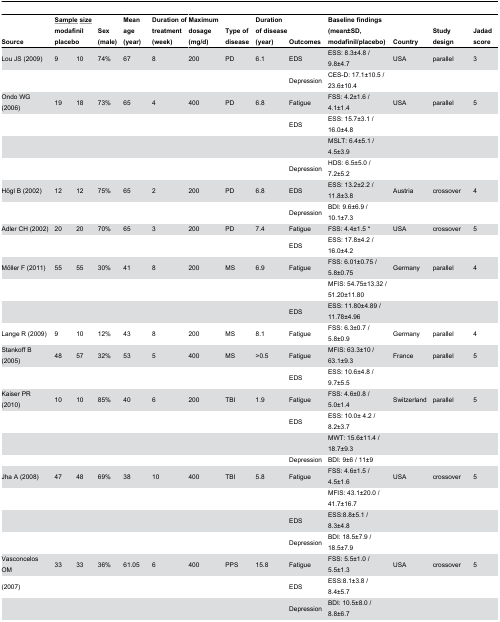
<table><thead><tr><td><b>Source</b></td><td colspan="2"><b><underline>Sample</underline><underline>size</underline> modafinil placebo</b></td><td><b>Sex (male)</b></td><td><b>Mean age (year)</b></td><td><b>Duration of treatment (week)</b></td><td><b>Maximum dosage (mg/d)</b></td><td><b>Type of disease</b></td><td><b>Duration of disease (year)</b></td><td><b>Outcomes</b></td><td><b>Baseline findings (mean±SD, modafinil/placebo)</b></td><td><b>Country</b></td><td><b>Study design</b></td><td><b>Jadad score</b></td></tr></thead><tbody><tr><td>Lou JS (2009)</td><td>9</td><td>10</td><td>74%</td><td>67</td><td>8</td><td>200</td><td>PD</td><td>6.1</td><td>EDS </td><td>ESS: 8.3±4.8 / 9.8±4.7</td><td>USA</td><td>parallel</td><td>3</td></tr><tr><td></td><td></td><td></td><td></td><td></td><td></td><td></td><td></td><td></td><td>Depression</td><td>CES-D: 17.1±10.5 / 23.6±10.4</td><td></td><td></td><td></td></tr><tr><td>Ondo WG (2006)</td><td>19</td><td>18</td><td>73%</td><td>65</td><td>4</td><td>400</td><td>PD</td><td>6.8</td><td>Fatigue</td><td>FSS: 4.2±1.6 / 4.1±1.4</td><td>USA</td><td>parallel</td><td>5</td></tr><tr><td></td><td></td><td></td><td></td><td></td><td></td><td></td><td></td><td></td><td>EDS</td><td>ESS: 15.7±3.1 / 16.0±4.8</td><td></td><td></td><td></td></tr><tr><td></td><td></td><td></td><td></td><td></td><td></td><td></td><td></td><td></td><td></td><td>MSLT: 6.4±5.1 / 4.5±3.9</td><td></td><td></td><td></td></tr><tr><td></td><td></td><td></td><td></td><td></td><td></td><td></td><td></td><td></td><td>Depression</td><td>HDS: 6.5±5.0 / 7.2±5.2</td><td></td><td></td><td></td></tr><tr><td>Högl B (2002)</td><td>12</td><td>12</td><td>75%</td><td>65</td><td>2</td><td>200</td><td>PD</td><td>6.8</td><td>EDS</td><td>ESS: 13.2±2.2 / 11.8±3.8</td><td>Austria</td><td>crossover</td><td>4</td></tr><tr><td></td><td></td><td></td><td></td><td></td><td></td><td></td><td></td><td></td><td>Depression</td><td>BDI: 9.6±6.9 / 10.1±7.3</td><td></td><td></td><td></td></tr><tr><td>Adler CH (2002)</td><td>20</td><td>20</td><td>70%</td><td>65</td><td>3</td><td>200</td><td>PD</td><td>7.4</td><td>Fatigue</td><td>FSS: 4.4±1.5 *</td><td>USA</td><td>crossover</td><td>5</td></tr><tr><td></td><td></td><td></td><td></td><td></td><td></td><td></td><td></td><td></td><td>EDS</td><td>ESS: 17.8±4.2 / 16.0±4.2</td><td></td><td></td><td></td></tr><tr><td>Möller F (2011)</td><td>55</td><td>55</td><td>30%</td><td>41</td><td>8</td><td>200</td><td>MS</td><td>6.9</td><td>Fatigue</td><td>FSS: 6.01±0.75 / 5.8±0.75</td><td>Germany</td><td>parallel</td><td>4</td></tr><tr><td></td><td></td><td></td><td></td><td></td><td></td><td></td><td></td><td></td><td></td><td>MFIS: 54.75±13.32 / 51.20±11.80</td><td></td><td></td><td></td></tr><tr><td></td><td></td><td></td><td></td><td></td><td></td><td></td><td></td><td></td><td>EDS</td><td>ESS: 11.80±4.89 / 11.78±4.96</td><td></td><td></td><td></td></tr><tr><td>Lange R (2009)</td><td>9</td><td>10</td><td>12%</td><td>43</td><td>8</td><td>200</td><td>MS</td><td>8.1</td><td>Fatigue</td><td>FSS: 6.3±0.7 / 5.8±0.9</td><td>Germany</td><td>parallel</td><td>4</td></tr><tr><td>Stankoff B (2005)</td><td>48</td><td>57</td><td>32%</td><td>53</td><td>5</td><td>400</td><td>MS</td><td>&gt;0.5</td><td>Fatigue</td><td>MFIS: 63.3±10 / 63.1±9.3</td><td>France</td><td>parallel</td><td>5</td></tr><tr><td></td><td></td><td></td><td></td><td></td><td></td><td></td><td></td><td></td><td>EDS</td><td>ESS: 10.6±4.8 / 9.7±5.5</td><td></td><td></td><td></td></tr><tr><td>Kaiser PR (2010)</td><td>10</td><td>10</td><td>85%</td><td>40</td><td>6</td><td>200</td><td>TBI</td><td>1.9</td><td>Fatigue</td><td>FSS: 4.6±0.8 / 5.0±1.4</td><td>Switzerland</td><td>parallel</td><td>5</td></tr><tr><td></td><td></td><td></td><td></td><td></td><td></td><td></td><td></td><td></td><td>EDS</td><td>ESS: 10.0± 4.2 / 8.2±3.7</td><td></td><td></td><td></td></tr><tr><td></td><td></td><td></td><td></td><td></td><td></td><td></td><td></td><td></td><td></td><td>MWT: 15.6±11.4 / 18.7±9.3</td><td></td><td></td><td></td></tr><tr><td></td><td></td><td></td><td></td><td></td><td></td><td></td><td></td><td></td><td>Depression</td><td>BDI: 9±6 / 11±9</td><td></td><td></td><td></td></tr><tr><td>Jha A (2008)</td><td>47</td><td>48</td><td>69%</td><td>38</td><td>10</td><td>400</td><td>TBI</td><td>5.8</td><td>Fatigue</td><td>FSS: 4.6±1.5 / 4.5±1.6</td><td>USA</td><td>crossover</td><td>5</td></tr><tr><td></td><td></td><td></td><td></td><td></td><td></td><td></td><td></td><td></td><td></td><td>MFIS: 43.1±20.0 / 41.7±16.7</td><td></td><td></td><td></td></tr><tr><td></td><td></td><td></td><td></td><td></td><td></td><td></td><td></td><td></td><td>EDS</td><td>ESS:8.8±5.1 / 8.3±4.8</td><td></td><td></td><td></td></tr><tr><td></td><td></td><td></td><td></td><td></td><td></td><td></td><td></td><td></td><td>Depression</td><td>BDI: 18.5±7.9 / 18.5±7.9</td><td></td><td></td><td></td></tr><tr><td>Vasconcelos OM </td><td>33</td><td>33</td><td>36%</td><td>61.05</td><td>6</td><td>400</td><td>PPS</td><td>15.8</td><td>Fatigue</td><td>FSS: 5.5±1.0 / 5.5±1.3</td><td>USA</td><td>crossover</td><td>5</td></tr><tr><td>(2007)</td><td></td><td></td><td></td><td></td><td></td><td></td><td></td><td></td><td>EDS</td><td>ESS:8.1±3.8 / 8.4±5.7</td><td></td><td></td><td></td></tr><tr><td></td><td></td><td></td><td></td><td></td><td></td><td></td><td></td><td></td><td>Depression</td><td>BDI: 10.5±8.0 / 8.8±6.7</td><td></td><td></td><td></td></tr></tbody></table>